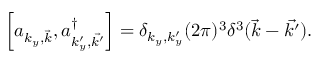
\left[ a _ { { k _ { y } } , \vec { k } } , a _ { { k _ { y } ^ { \prime } } , \vec { k ^ { \prime } } } ^ { \dagger } \right] = \delta _ { { k _ { y } } , { k _ { y } ^ { \prime } } } ( 2 \pi ) ^ { 3 } { \delta } ^ { 3 } ( \vec { k } - \vec { k ^ { \prime } } ) .